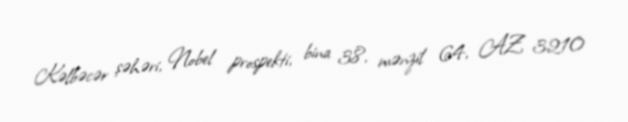
Kəlbəcər şəhəri, Nobel prospekti, bina 38, mənzil 64, AZ 3210